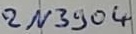
Text: 2n3904